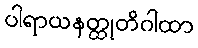
ပါရာယနတ္ထုတိဂါထာ